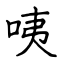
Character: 咦